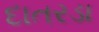
દાતરડા